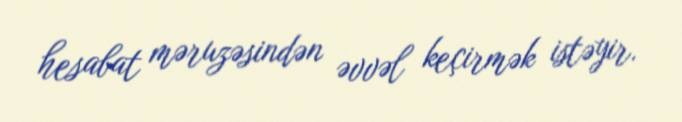
hesabat məruzəsindən əvvəl keçirmək istəyir.